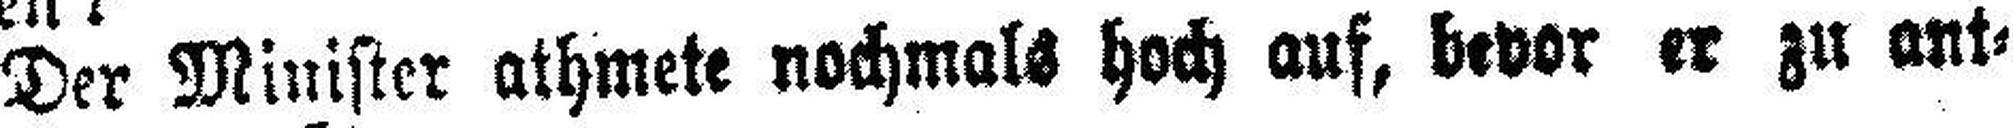
Der Minister athmete nochmals hoch auf, bevor er zu ant¬